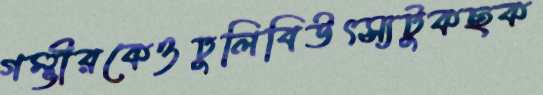
গম্ভীরকেওঢুলিবিউৎস্যটুকছক